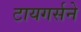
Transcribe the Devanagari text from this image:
टायगर्सने